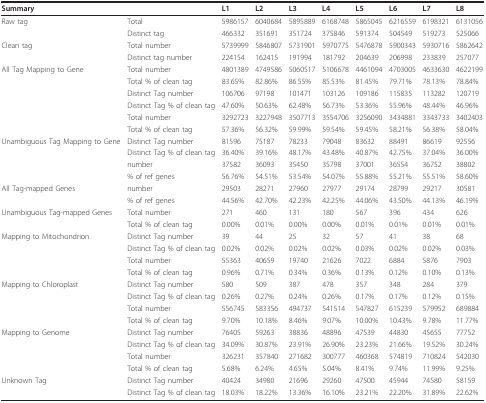
<table><thead><tr><td><b>Summary</b></td><td></td><td><b>L1</b></td><td><b>L2</b></td><td><b>L3</b></td><td><b>L4</b></td><td><b>L5</b></td><td><b>L6</b></td><td><b>L7</b></td><td><b>L8</b></td></tr></thead><tbody><tr><td>Raw tag</td><td>Total</td><td>5986157</td><td>6040684</td><td>5895889</td><td>6168748</td><td>5865045</td><td>6216559</td><td>6198321</td><td>6131056</td></tr><tr><td></td><td>Distinct tag</td><td>466332</td><td>351691</td><td>351724</td><td>375846</td><td>591374</td><td>504549</td><td>519273</td><td>525066</td></tr><tr><td>Clean tag</td><td>Total number</td><td>5739999</td><td>5846807</td><td>5731901</td><td>5970775</td><td>5476878</td><td>5900343</td><td>5930716</td><td>5862642</td></tr><tr><td></td><td>Distinct tag number</td><td>224154</td><td>162415</td><td>191994</td><td>181792</td><td>204639</td><td>206998</td><td>233839</td><td>257077</td></tr><tr><td>All Tag Mapping to Gene</td><td>Total number</td><td>4801389</td><td>4749586</td><td>5060517</td><td>5106678</td><td>4461094</td><td>4703005</td><td>4633630</td><td>4622199</td></tr><tr><td></td><td>Total % of clean tag</td><td>83.65%</td><td>82.86%</td><td>86.55%</td><td>85.53%</td><td>81.45%</td><td>79.71%</td><td>78.13%</td><td>78.84%</td></tr><tr><td></td><td>Distinct Tag number</td><td>106706</td><td>97198</td><td>101471</td><td>103126</td><td>109186</td><td>115835</td><td>113282</td><td>120719</td></tr><tr><td></td><td>Distinct Tag % of clean tag</td><td>47.60%</td><td>50.63%</td><td>62.48%</td><td>56.73%</td><td>53.36%</td><td>55.96%</td><td>48.44%</td><td>46.96%</td></tr><tr><td></td><td>Total number</td><td>3292723</td><td>3227948</td><td>3507713</td><td>3554706</td><td>3256090</td><td>3434881</td><td>3343733</td><td>3402403</td></tr><tr><td></td><td>Total % of clean tag</td><td>57.36%</td><td>56.32%</td><td>59.99%</td><td>59.54%</td><td>59.45%</td><td>58.21%</td><td>56.38%</td><td>58.04%</td></tr><tr><td>Unambiguous Tag Mapping to Gene</td><td>Distinct Tag number</td><td>81596</td><td>75187</td><td>78233</td><td>79048</td><td>83632</td><td>88491</td><td>86619</td><td>92556</td></tr><tr><td></td><td>Distinct Tag % of clean tag</td><td>36.40%</td><td>39.16%</td><td>48.17%</td><td>43.48%</td><td>40.87%</td><td>42.75%</td><td>37.04%</td><td>36.00%</td></tr><tr><td></td><td>number</td><td>37582</td><td>36093</td><td>35450</td><td>35798</td><td>37001</td><td>36554</td><td>36752</td><td>38802</td></tr><tr><td></td><td>% of ref genes</td><td>56.76%</td><td>54.51%</td><td>53.54%</td><td>54.07%</td><td>55.88%</td><td>55.21%</td><td>55.51%</td><td>58.60%</td></tr><tr><td>All Tag-mapped Genes</td><td>number</td><td>29503</td><td>28271</td><td>27960</td><td>27977</td><td>29174</td><td>28799</td><td>29217</td><td>30581</td></tr><tr><td></td><td>% of ref genes</td><td>44.56%</td><td>42.70%</td><td>42.23%</td><td>42.25%</td><td>44.06%</td><td>43.50%</td><td>44.13%</td><td>46.19%</td></tr><tr><td>Unambiguous Tag-mapped Genes</td><td>Total number</td><td>271</td><td>460</td><td>131</td><td>180</td><td>567</td><td>396</td><td>434</td><td>626</td></tr><tr><td></td><td>Total % of clean tag</td><td>0.00%</td><td>0.01%</td><td>0.00%</td><td>0.00%</td><td>0.01%</td><td>0.01%</td><td>0.01%</td><td>0.01%</td></tr><tr><td>Mapping to Mitochondrion</td><td>Distinct Tag number</td><td>39</td><td>44</td><td>25</td><td>32</td><td>57</td><td>41</td><td>38</td><td>68</td></tr><tr><td></td><td>Distinct Tag % of clean tag</td><td>0.02%</td><td>0.02%</td><td>0.02%</td><td>0.02%</td><td>0.03%</td><td>0.02%</td><td>0.02%</td><td>0.03%</td></tr><tr><td></td><td>Total number</td><td>55363</td><td>40659</td><td>19740</td><td>21626</td><td>7022</td><td>6884</td><td>5876</td><td>7903</td></tr><tr><td></td><td>Total % of clean tag</td><td>0.96%</td><td>0.71%</td><td>0.34%</td><td>0.36%</td><td>0.13%</td><td>0.12%</td><td>0.10%</td><td>0.13%</td></tr><tr><td>Mapping to Chloroplast</td><td>Distinct Tag number</td><td>580</td><td>509</td><td>387</td><td>478</td><td>357</td><td>348</td><td>284</td><td>379</td></tr><tr><td></td><td>Distinct Tag % of clean tag</td><td>0.26%</td><td>0.27%</td><td>0.24%</td><td>0.26%</td><td>0.17%</td><td>0.17%</td><td>0.12%</td><td>0.15%</td></tr><tr><td></td><td>Total number</td><td>556745</td><td>583356</td><td>494737</td><td>541514</td><td>547827</td><td>615239</td><td>579952</td><td>689884</td></tr><tr><td></td><td>Total % of clean tag</td><td>9.70%</td><td>10.18%</td><td>8.46%</td><td>9.07%</td><td>10.00%</td><td>10.43%</td><td>9.78%</td><td>11.77%</td></tr><tr><td>Mapping to Genome</td><td>Distinct Tag number</td><td>76405</td><td>59263</td><td>38836</td><td>48896</td><td>47539</td><td>44830</td><td>45655</td><td>77752</td></tr><tr><td></td><td>Distinct Tag % of clean tag</td><td>34.09%</td><td>30.87%</td><td>23.91%</td><td>26.90%</td><td>23.23%</td><td>21.66%</td><td>19.52%</td><td>30.24%</td></tr><tr><td></td><td>Total number</td><td>326231</td><td>357840</td><td>271682</td><td>300777</td><td>460368</td><td>574819</td><td>710824</td><td>542030</td></tr><tr><td></td><td>Total % of clean tag</td><td>5.68%</td><td>6.24%</td><td>4.65%</td><td>5.04%</td><td>8.41%</td><td>9.74%</td><td>11.99%</td><td>9.25%</td></tr><tr><td>Unknown Tag</td><td>Distinct Tag number</td><td>40424</td><td>34980</td><td>21696</td><td>29260</td><td>47500</td><td>45944</td><td>74580</td><td>58159</td></tr><tr><td></td><td>Distinct Tag % of clean tag</td><td>18.03%</td><td>18.22%</td><td>13.36%</td><td>16.10%</td><td>23.21%</td><td>22.20%</td><td>31.89%</td><td>22.62%</td></tr></tbody></table>